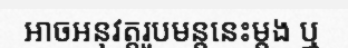
អាចអនុវត្តរូបមន្តនេះម្តង ឬ